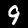
Label: 9